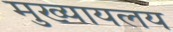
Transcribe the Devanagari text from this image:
मुख्यायलय